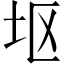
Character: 𫭟